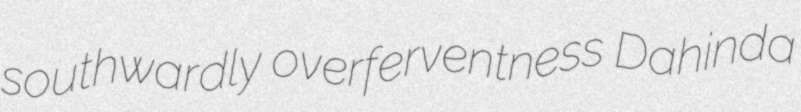
southwardly overferventness Dahinda